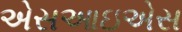
એસઆઇએસ